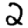
Digit: 2